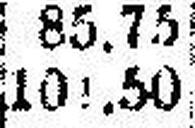
101.50